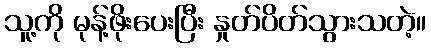
သူ့ကို မုန့်ဖိုးပေးပြီး နှုတ်ပိတ်သွားသတဲ့။